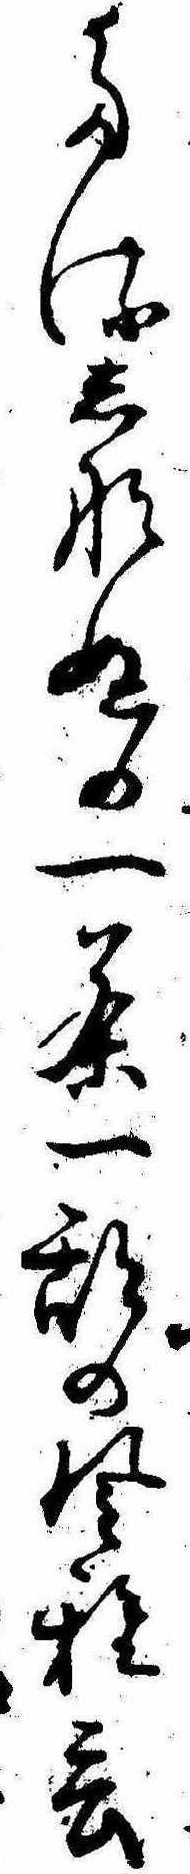
たるしなぬの一茶一期の風雅言